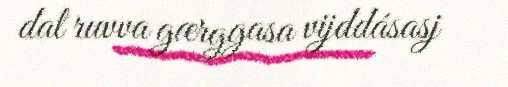
dal ruvva gærggasa vijddásasj